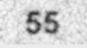
55